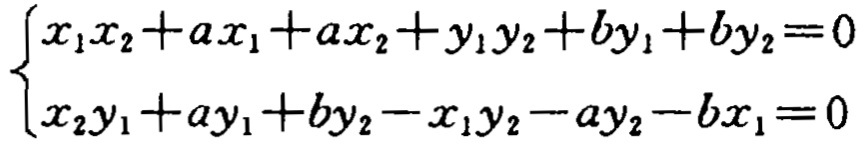
\[\begin{cases}
x_{1}x_{2}+ax_{1}+ax_{2}+y_{1}y_{2}+by_{1}+by_{2}=0\\
x_{2}y_{1}+ay_{1}+by_{2}-x_{1}y_{2}-ay_{2}-bx_{1}=0
\end{cases}\]